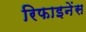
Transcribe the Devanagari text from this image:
रिफाइनेंस